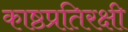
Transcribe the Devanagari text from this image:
काष्ठप्रतिरक्षी